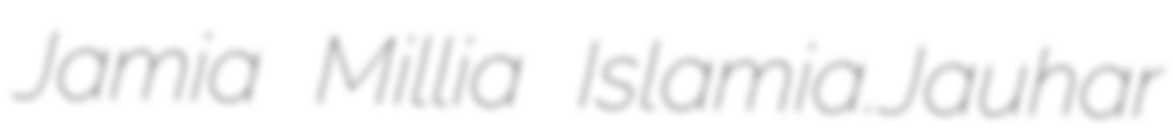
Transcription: Jamia Millia Islamia.Jauhar